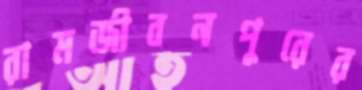
রামজীবনপুরের